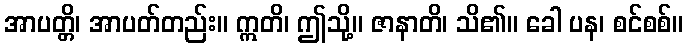
အာပတ္တိ၊ အာပတ်တည်း။ ဣတိ၊ ဤသို့။ ဇာနာတိ၊ သိ၏။ ခေါ ပန၊ စင်စစ်။